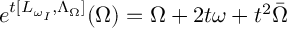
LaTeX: e ^ { t [ L _ { \omega _ { I } } , \Lambda _ { \Omega } ] } ( \Omega ) = \Omega + 2 t \omega + t ^ { 2 } \bar { \Omega }